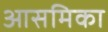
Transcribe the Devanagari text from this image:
आसमिका